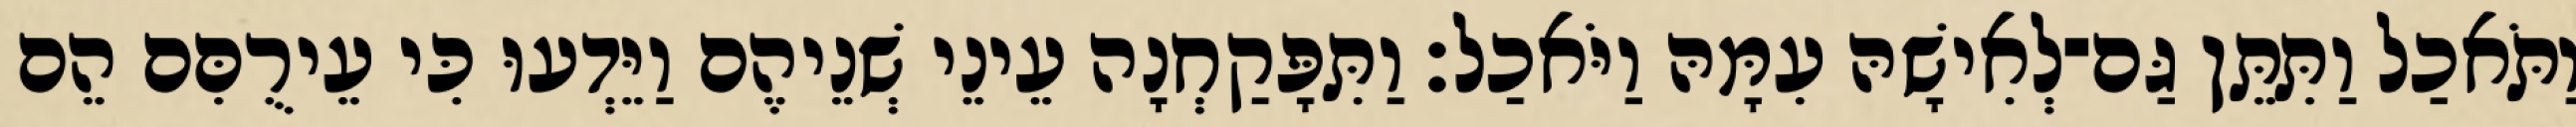
וַתֹּאכַל וַתִּתֵּן גַּם־לְאִישָׁהּ עִמָּהּ וַיֹּאכַל׃ וַתִּפָּקַחְנָה עֵינֵי שְׁנֵיהֶם וַיֵּדְעוּ כִּי עֵירֻםִּם הֵם